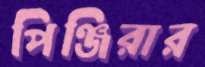
পিঞ্জিরার